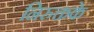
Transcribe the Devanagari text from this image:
निरुक्तके